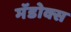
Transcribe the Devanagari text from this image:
मॅडोक्स